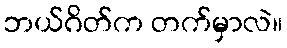
ဘယ်ဂိတ်က တက်မှာလဲ။